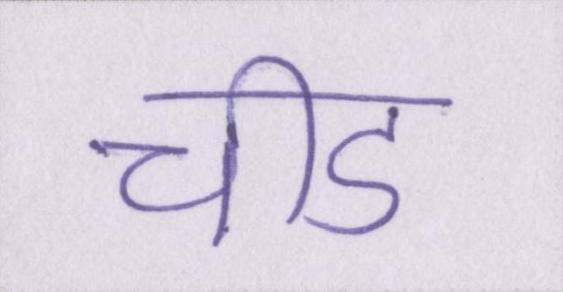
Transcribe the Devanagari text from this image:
चीड